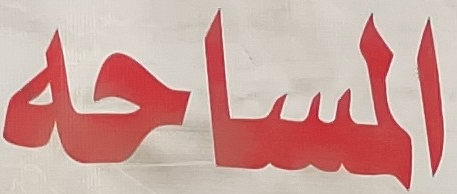
المساحة